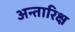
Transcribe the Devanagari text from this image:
अन्तारिक्ष